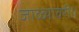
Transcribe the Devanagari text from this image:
जाळ्यावरी।।